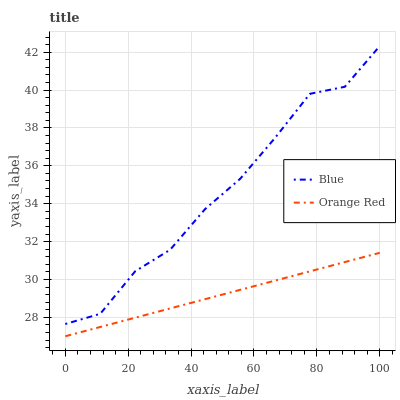
| xaxis_label | Blue | Orange Red |
 | --- | --- | --- |
 | 0 | 27.6 | 27 |
 | 11.1 | 28.2 | 27.5 |
 | 22.2 | 30.4 | 28 |
 | 33.3 | 31.6 | 28.5 |
 | 44.4 | 33.7 | 29 |
 | 55.6 | 35.3 | 29.4 |
 | 66.7 | 37.5 | 29.9 |
 | 77.8 | 39.8 | 30.4 |
 | 88.9 | 40.2 | 30.9 |
 | 100 | 42.3 | 31.4 |